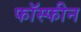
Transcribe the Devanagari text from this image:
फॉस्फीन